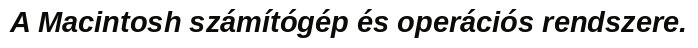
A Macintosh számítógép és operációs rendszere.